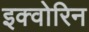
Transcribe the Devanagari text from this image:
इक्वोरिन